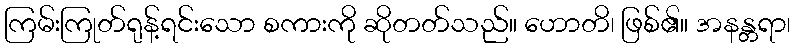
ကြမ်းကြုတ်ရုန့်ရင်းသော စကားကို ဆိုတတ်သည်။ ဟောတိ၊ ဖြစ်၏။ အနန္တရာ၊